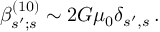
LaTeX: \beta _ { s ^ { \prime } ; s } ^ { ( 1 0 ) } \sim 2 G \mu _ { 0 } \delta _ { s ^ { \prime } , s } \, .